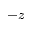
- z